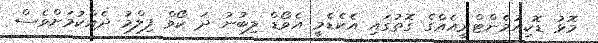
މޮޅު ޑޮކިއުމެންޓްރީއެއްގެ ގޮތުގައި އެކެޑެމީ އެވޯޑް ލިބުނު ދަ ކޯވް ފިލްމު ދެއްކުމަށްވެސް